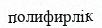
полифирлік